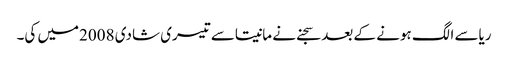
ریاسے الگ ہونے کے بعد سجنے نے مانیتاسے تیسری شادی 2008میں کی۔